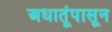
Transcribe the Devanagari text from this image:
अधातूंपासून